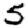
Digit: 5